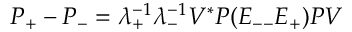
P _ { + } - P _ { - } = \lambda _ { + } ^ { - 1 } \lambda _ { - } ^ { - 1 } V ^ { * } P ( E _ { -- } E _ { + } ) P V